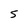
Character: 5